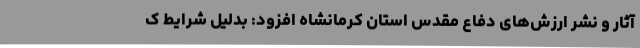
آثار و نشر ارزش‌های دفاع مقدس استان کرمانشاه افزود: بدلیل شرایط ک